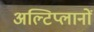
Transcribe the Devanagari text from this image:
अल्टिप्लानों